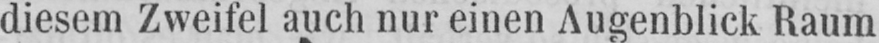
diesem Zweifel auch nur einen Augenblick Raum